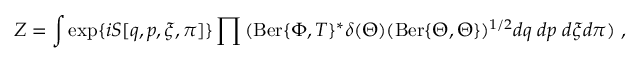
Z = \int \exp \{ i S [ q , p , \xi , \pi ] \} \prod { ( \mathrm { B e r } \{ \Phi , T \} ^ { * } \delta ( \Theta ) ( \mathrm { B e r } \{ \Theta , \Theta \} ) ^ { 1 / 2 } d q \; d p \; d \xi d \pi } ) \ ,